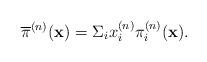
LaTeX: \begin{align*}\overline{\pi}^{(n)}(\textbf{x})=\Sigma_ix_i^{(n)}\pi_i^{(n)}(\textbf{x}).\end{align*}